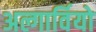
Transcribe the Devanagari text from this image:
अल्गार्वियो